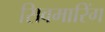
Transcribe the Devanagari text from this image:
सिवमारिंग